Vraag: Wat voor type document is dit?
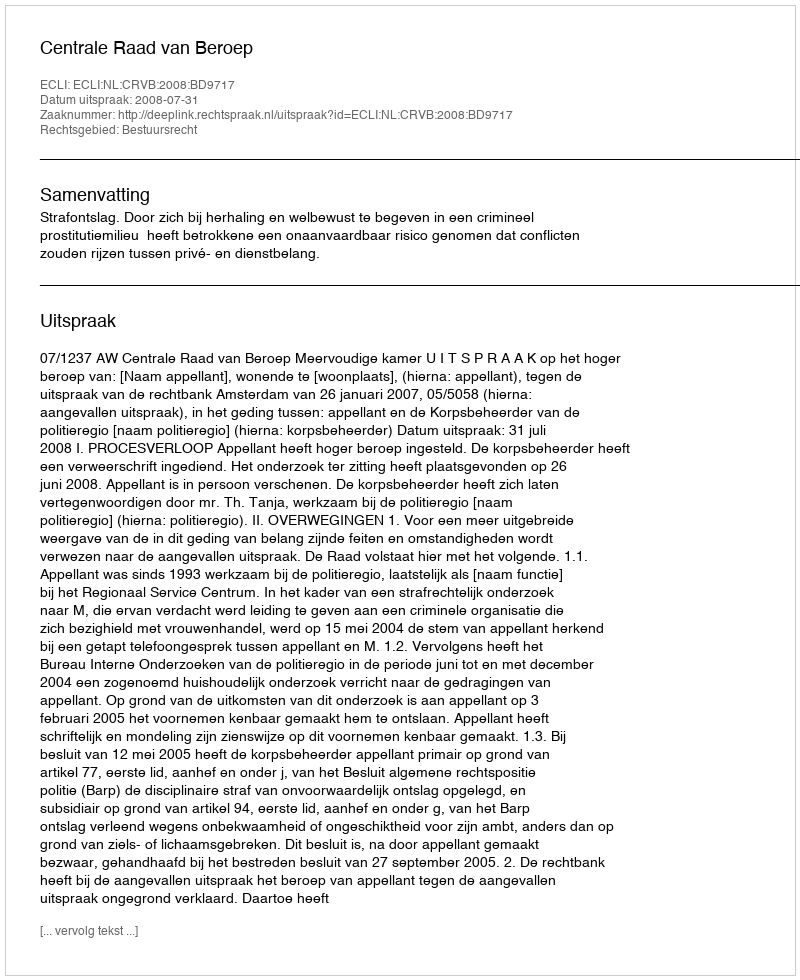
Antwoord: Uitspraak